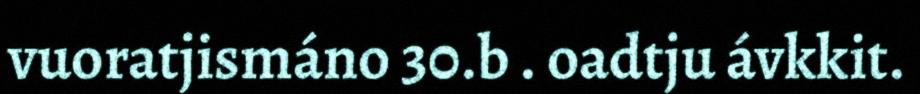
vuoratjismáno 30.b . oadtju ávkkit.